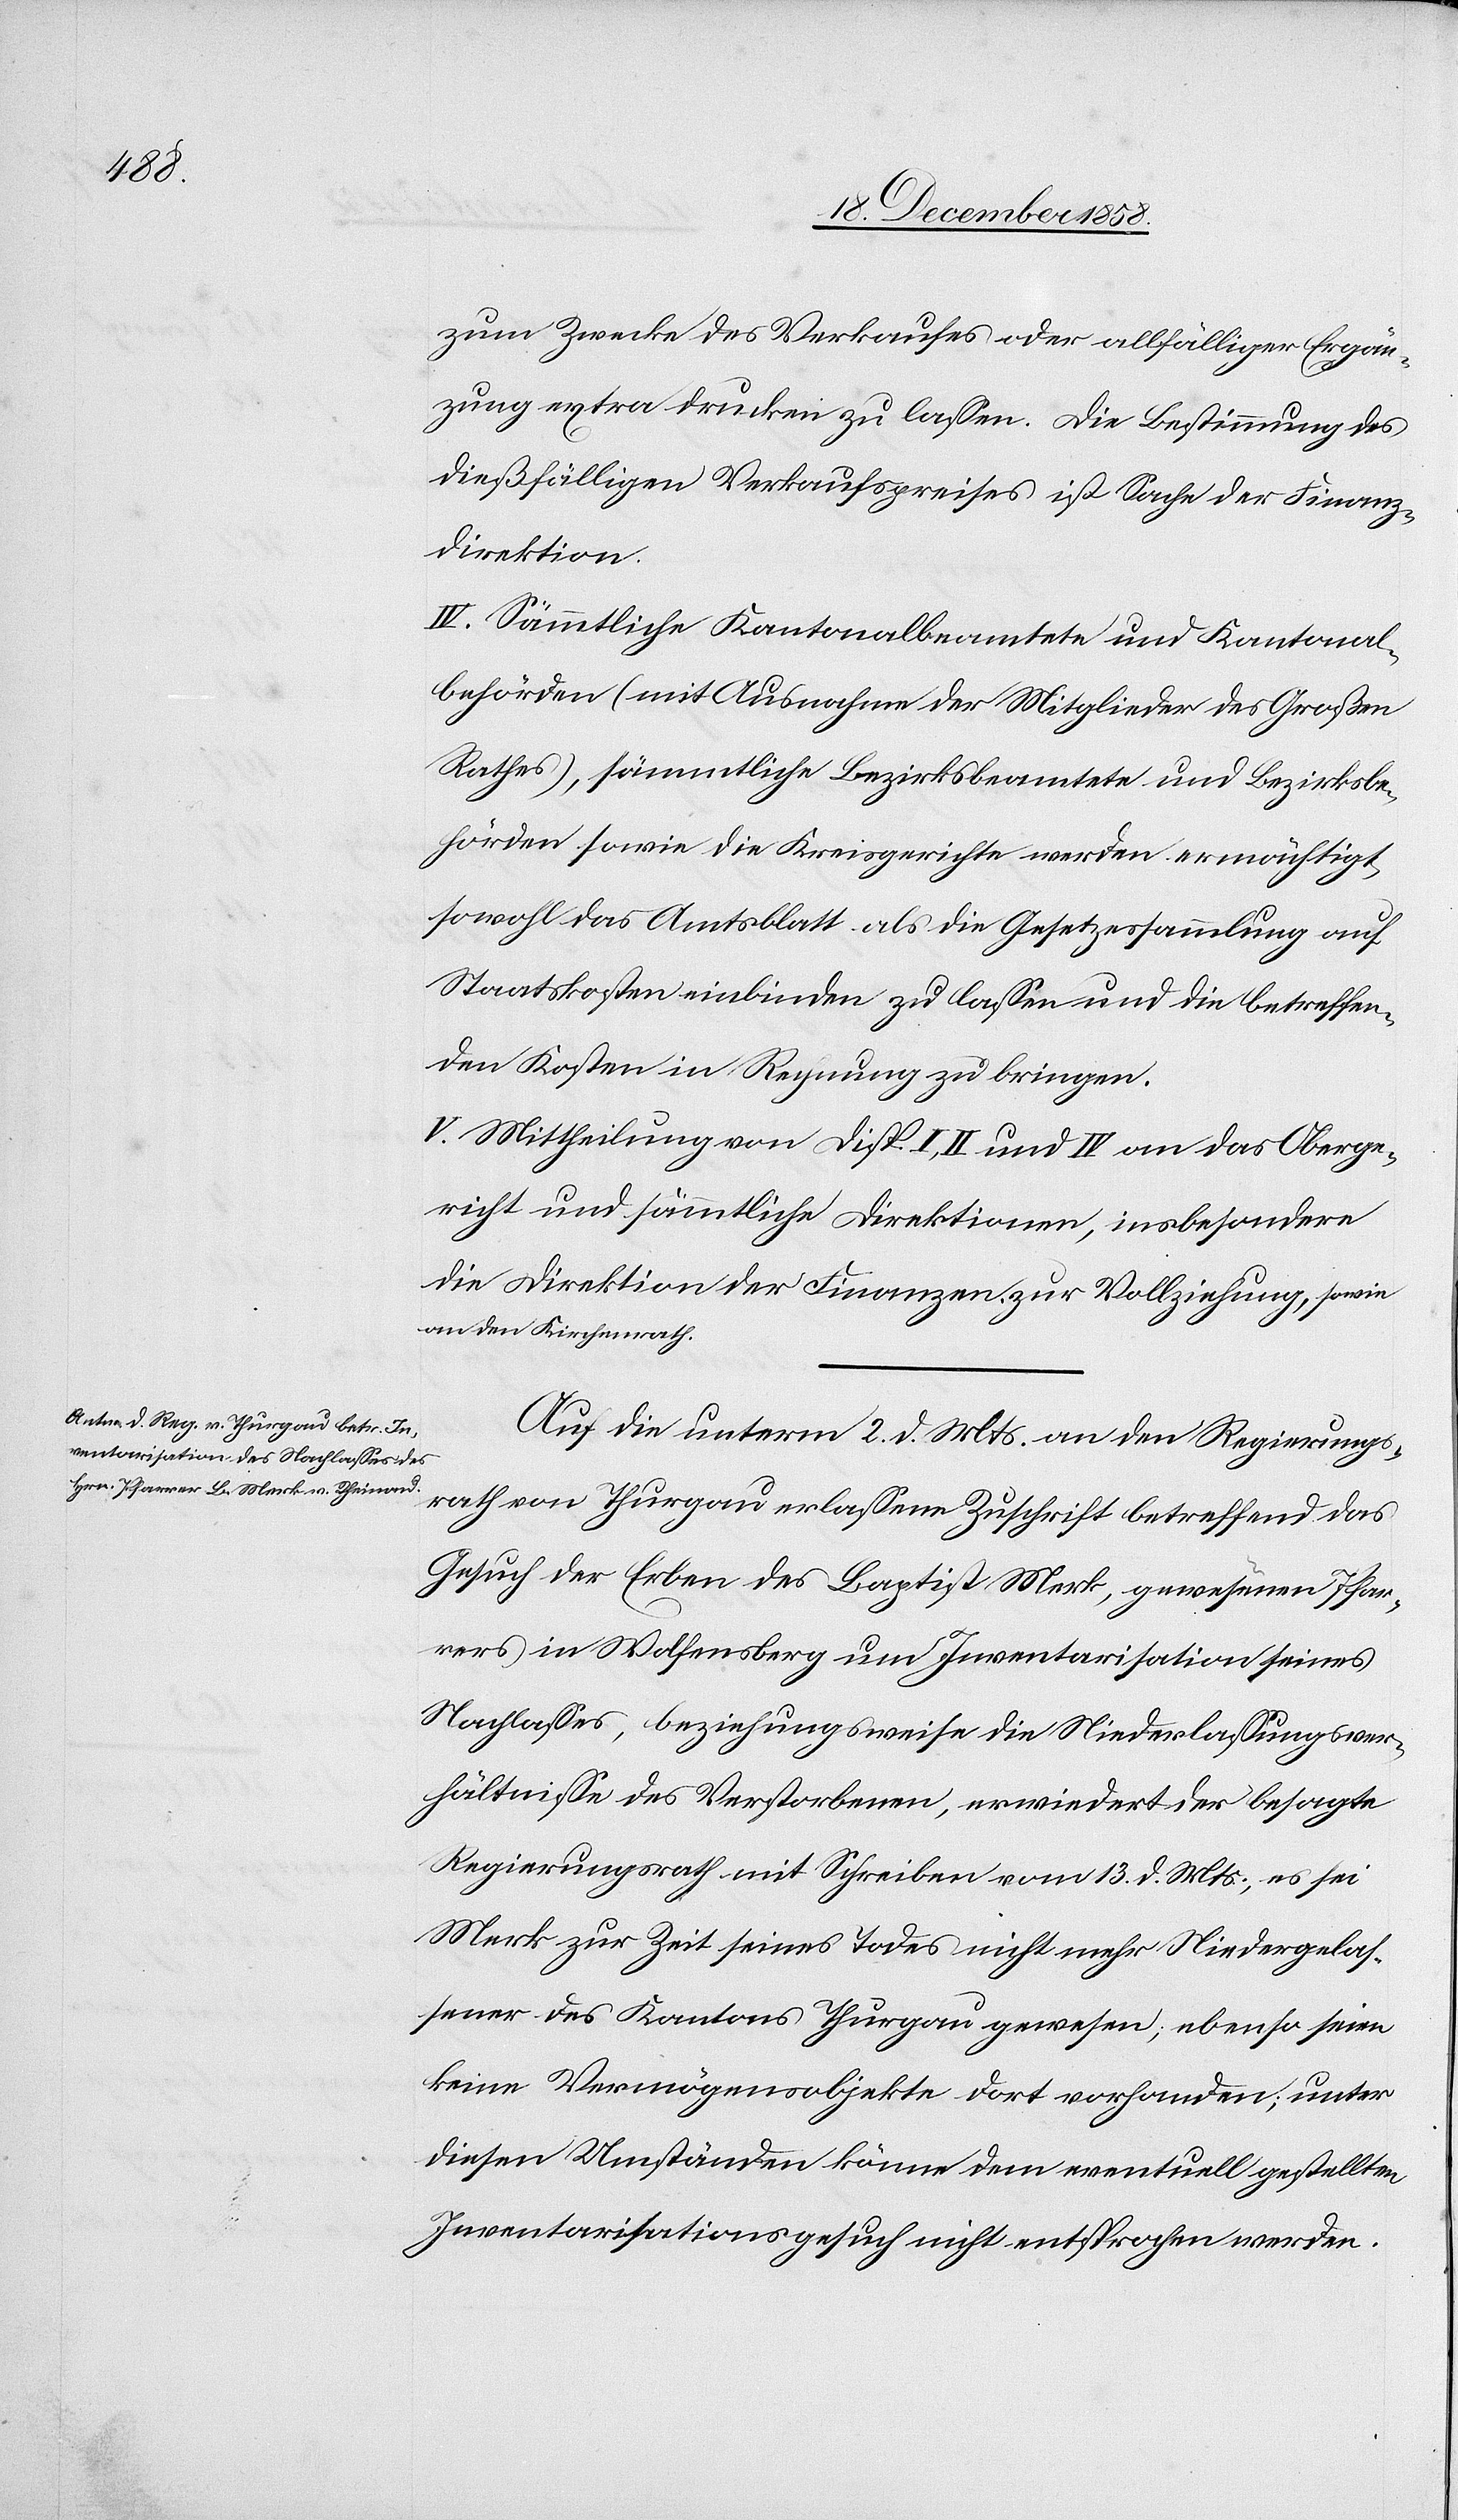
Auf die unterm 2. d. Mts. an den Regierungs¬
rath von Thurgau erlassene Zuschrift betreffend das
Gesuch der Erben des Baptist Merk, gewesenen Pfar¬
rers in Wolfensberg um Inventarisation seines
Nachlasses, beziehungsweise die Niederlassungsver¬
hältnisse des Verstorbenen, erwiedert der besagte
Regierungsrath mit Schreiben vom 13. d. Mts., es sei
Merk zur Zeit seines Todes nicht mehr Niedergelas¬
sener des Kantons Thurgau gewesen; ebenso seien
keine Vermögensobjekte dort vorhanden; unter
diesen Umständen könne dem eventuell gestellten
Inventarisationsgesuch nicht entsprochen werden.